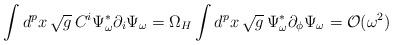
LaTeX: \begin{align*}\int d^{p}x\,\sqrt{g}\,C^i\Psi_\omega^* \partial_i \Psi_\omega= \Omega_H\int d^{p}x\,\sqrt{g}\,\Psi_\omega^*\partial_\phi \Psi_\omega = {\cal O}(\omega^2)\end{align*}